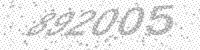
Solution: 892005